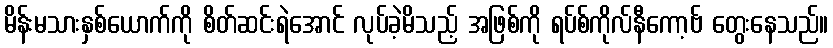
မိန်းမသားနှစ်ယောက်ကို စိတ်ဆင်းရဲအောင် လုပ်ခဲ့မိသည့် အဖြစ်ကို ရပ်စ်ကိုလ်နီကော့ဗ် တွေးနေသည်။